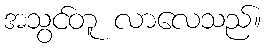
အသွင်တူ လာလေသည်။